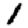
Digit: 1